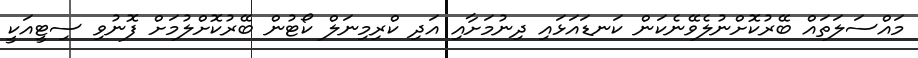
މައްސަލަތައް ބޭރުކޮށްނުލެވޭނެކަން ކަނޑައަޅައި ދިނުމަށާއި އަދި ކްރިމިނަލް ކޯޓުން ބޭރުކޮށްލުމަށް ފޮނުވި ސިޓީއަކީ